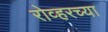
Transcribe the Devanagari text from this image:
रोव्हरच्या